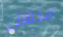
مذهل